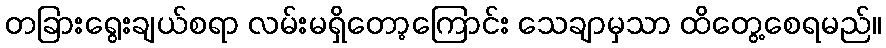
တခြားရွေးချယ်စရာ လမ်းမရှိတော့ကြောင်း သေချာမှသာ ထိတွေ့စေရမည်။